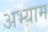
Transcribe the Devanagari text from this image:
अभ्याम